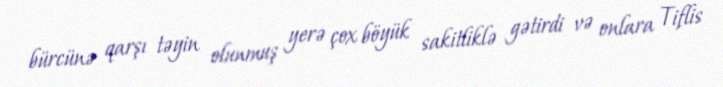
bürcünə qarşı təyin olunmuş yerə çox böyük sakitliklə gətirdi və onlara Tiflis